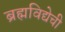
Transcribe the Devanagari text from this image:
ब्रह्मविद्येची